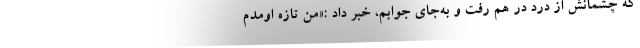
که چشمانش از درد در هم رفت و به‌جای جوابم، خبر داد :«من تازه اومدم